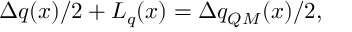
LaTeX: \Delta q ( x ) / 2 + L _ { q } ( x ) = \Delta q _ { Q M } ( x ) / 2 ,